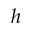
h